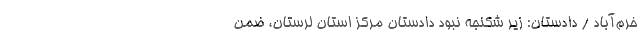
خرم‌آباد / دادستان: زیر شکنجه نبود دادستان مرکز استان لرستان، ضمن